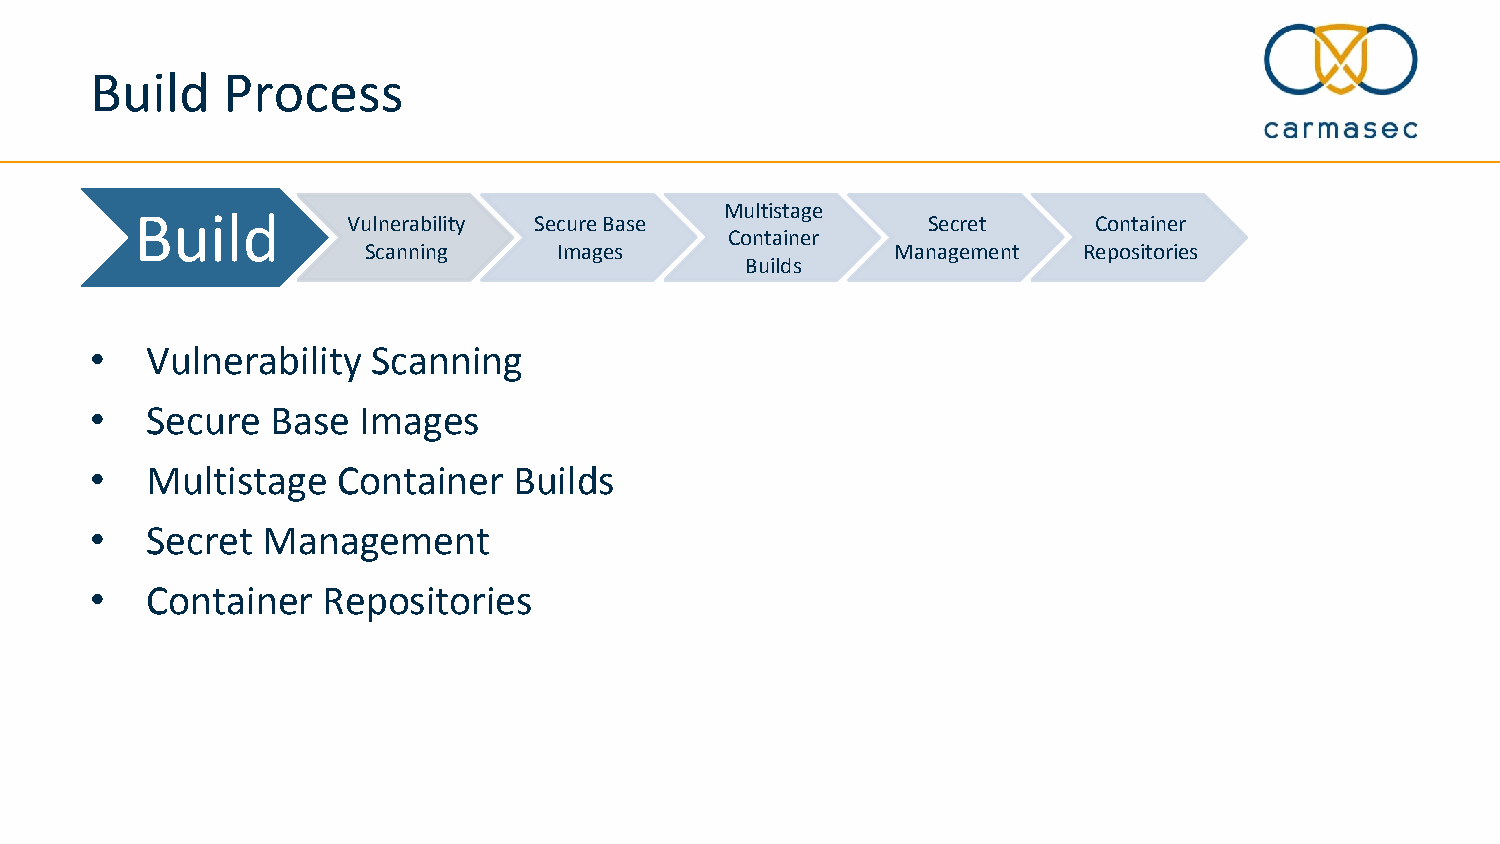
Build    Process
 Build                                  Multistage
 Vulnerability Secure Base             Secret     Container
 Container
 Scanning     Images                Management   Repositories
 Builds
 •   Vulnerability  Scanning
 •   Secure  Base  Images
 •   Multistage  Container   Builds
 •   Secret Management
 •   Container  Repositories